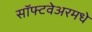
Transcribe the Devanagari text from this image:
सॉफ्टवेअरमधे